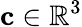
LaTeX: \mathbf{c}\in\mathbb{R}^{3}